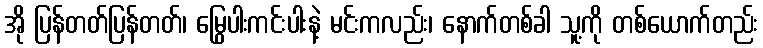
အို ပြန်တတ်ပြန်တတ်၊ မြွေပါးကင်းပါးနဲ့ မင်းကလည်း၊ နောက်တစ်ခါ သူ့ကို တစ်ယောက်တည်း